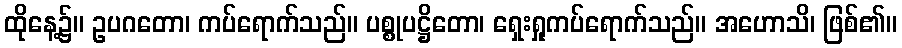
ထိုနေ့၌။ ဥပဂတော၊ ကပ်ရောက်သည်။ ပစ္စုပဋ္ဌိတော၊ ရှေးရှုကပ်ရောက်သည်။ အဟောသိ၊ ဖြစ်၏။